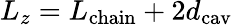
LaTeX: L_{z}=L_{\mathrm{chain}}+2d_{\mathrm{cav}}